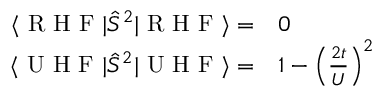
\begin{array} { r l } { \langle \textrm { R H F } | \hat { S } ^ { 2 } | \textrm { R H F } \rangle = } & { { } 0 } \\ { \langle \textrm { U H F } | \hat { S } ^ { 2 } | \textrm { U H F } \rangle = } & { { } 1 - \left( \frac { 2 t } { U } \right) ^ { 2 } } \end{array}